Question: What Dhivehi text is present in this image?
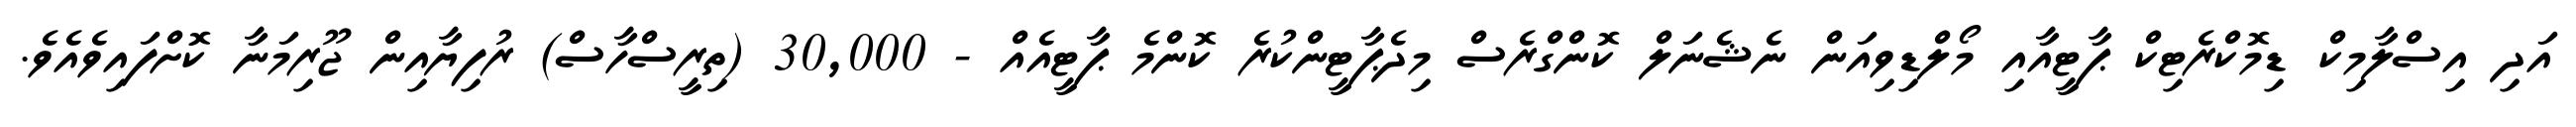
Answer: އަދި އިސްލާމިކް ޑިމޮކްރެޓިކް ޕާޓީއާއި މޯލްޑިވިއަން ނެޝެނަލް ކޮންގްރެސް މިދެޕާޓީންކުރެ ކޮންމެ ޕާޓީއެއް - 30,000 (ތިރީސްހާސް) ރުފިޔާއިން ޖޫރިމަނާ ކޮށްފައިވެއެވެ.